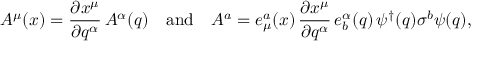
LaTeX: A ^ { \mu } ( x ) = \frac { \partial x ^ { \mu } } { \partial q ^ { \alpha } } \, A ^ { \alpha } ( q ) \quad \mathrm { a n d } \quad A ^ { a } = e _ { \mu } ^ { a } ( x ) \, \frac { \partial x ^ { \mu } } { \partial q ^ { \alpha } } \, e _ { b } ^ { \alpha } ( q ) \, \psi ^ { \dagger } ( q ) \sigma ^ { b } \psi ( q ) ,